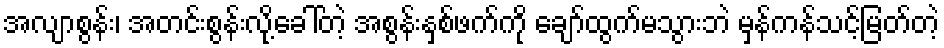
အလျာစွန်း၊ အတင်းစွန်းလို့ခေါ်တဲ့ အစွန်းနှစ်ဖက်ကို ချော်ထွက်မသွားဘဲ မှန်ကန်သင့်မြတ်တဲ့